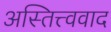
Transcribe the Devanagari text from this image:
अस्तित्त्ववाद